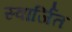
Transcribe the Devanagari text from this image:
स्वार्जित